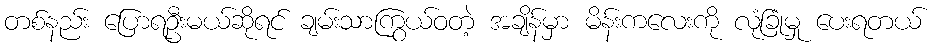
တစ်နည်း ပြောရဦးမယ်ဆိုရင် ချမ်းသာကြွယ်ဝတဲ့ အချိန်မှာ မိန်းကလေးကို လုံခြုံမှု ပေးရတယ်